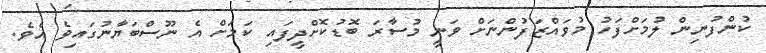
ކުންފުނިން ލުމަށްފަހު މުވައްޒަފުންނަށް ވަނީ މުސާރަ ބޮޑުކޮށްދީފައި ކަމަށް އެ ނޫސްބަޔާނުގައިވެ އެވެ.